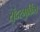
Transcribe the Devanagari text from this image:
सुंदरमुर्कित्त